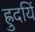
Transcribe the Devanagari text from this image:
ह्रुदयिं